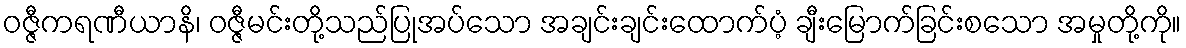
ဝဇ္ဇီကရဏီယာနိ၊ ဝဇ္ဇီမင်းတို့သည်ပြုအပ်သော အချင်းချင်းထောက်ပံ့ ချီးမြောက်ခြင်းစသော အမှုတို့ကို။